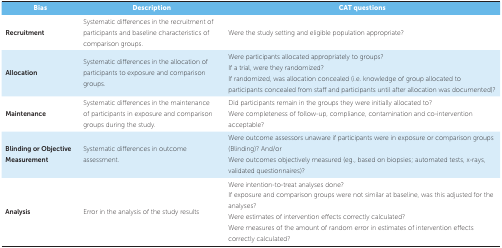
<table><thead><tr><td><b> Bias</b></td><td><b> Description</b></td><td><b> CAT questions</b></td></tr></thead><tbody><tr><td> Recruitment</td><td> Systematic differences in the recruitment ofparticipants and baseline characteristics of comparison groups.</td><td> Were the study setting and eligible populationappropriate?</td></tr><tr><td> Allocation</td><td> Systematic differences in the allocation ofparticipants to exposure and comparison groups.</td><td> Were participants allocated appropriately togroups?If a trial, were they randomized?If randomized,was allocation concealed (i.e. knowledge of group allocated to participantsconcealed from staff and participants until after allocation wasdocumented)?</td></tr><tr><td> Maintenance</td><td> Systematic differences in the maintenance ofparticipants in exposure and comparison groups during the study. </td><td> Did participants remain in the groups they wereinitially allocated to?Were completeness of follow-up, compliance,contamination and co-intervention acceptable?</td></tr><tr><td> Blinding or Objective Measurement</td><td> Systematic differences in outcome assessment.</td><td> Were outcome assessors unaware if participantswere in exposure or comparison groups (Blinding)? And/orWereoutcomes objectively measured (eg., based on biopsies; automated tests,x-rays, validated questionnaires)?</td></tr><tr><td> Analysis</td><td> Error in the analysis of the study results</td><td> Were intention-to-treat analyses done?Ifexposure and comparison groups were not similar at baseline, was thisadjusted for the analyses?Were estimates of intervention effectscorrectly calculated?Were measures of the amount of random errorin estimates of intervention effects correctly calculated?</td></tr></tbody></table>